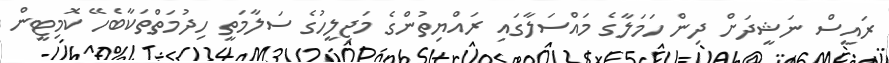
ރައީސް ނަޝީދަށް ދިން ހަމަލާގެ މައްސަލާގައި ރައްޔިތުންގެ މަޖިލީހުގެ ސަލާމަތީ ހިދުމަތްތަކާބެހޭ ކޮމިޓީން